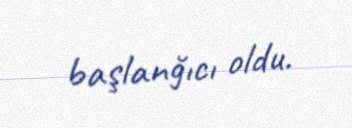
başlanğıcı oldu.